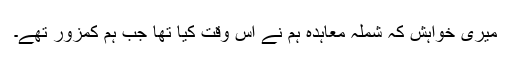
میری خواہش کہ شملہ معاہدہ ہم نے اس وقت کیا تھا جب ہم کمزور تھے۔